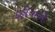
દહીયાએ